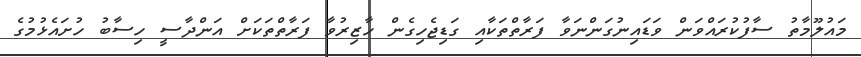
މައުލޫމާތު ސާފުކުރައްވަން ވަޑައިނުގަންނަވާ ފަރާތްތަކާއި ގަޑިޖެހިގެން ހާޒިރުވާ ފަރާތްތަކަށް އަންދާސީ ހިސާބު ހުށައެޅުމުގެ